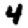
Digit: 4